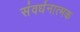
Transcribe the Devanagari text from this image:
संवर्धनात्‍मक